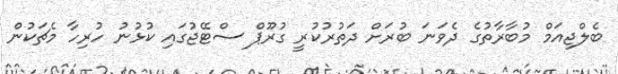
ބެލްޖިއަމް މުބާރާތުގެ ދެވަނަ ބުރަށް ދަތުރުކުރީ ގުރޫޕް ސްޓޭޖުގައި ކުޅުނު ހުރިހާ މެޗަކުން